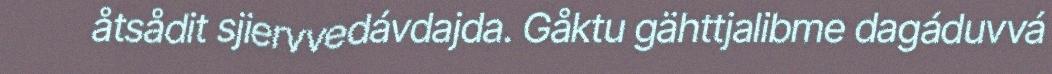
åtsådit sjiervvedávdajda. Gåktu gähttjalibme dagáduvvá